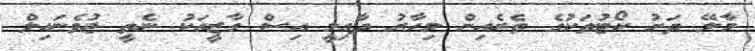
މާލޭ ދަށު ކޯޓުތަކުގެ ތެރެއިން މިހާރު ދާއިމީ އިސް ގާޒީއަކު ނެތީ ޖުވެނައިލް